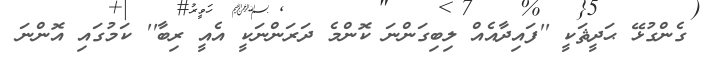
ގެންގުޅޭ ޙަދީޘަކީ ''ފައިދާއެއް ލިބިގަންނަ ކޮންމެ ދަރަންނަކީ އެއީ ރިބާ'' ކަމުގައި އޮންނަ